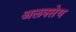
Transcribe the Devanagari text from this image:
अलक्सेय